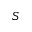
S